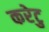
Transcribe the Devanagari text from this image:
करेटु